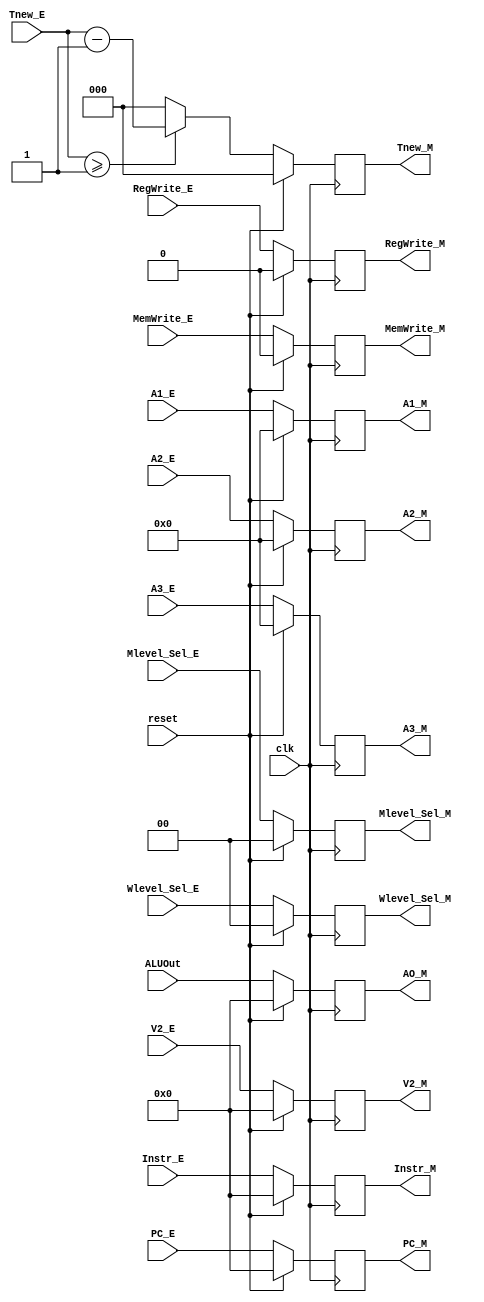
`timescale 1ns / 1ps
module M_REG(
    input clk,
    input reset,

    input MemWrite_E,
    input RegWrite_E,
    input [1:0] Mlevel_Sel_E,
    input [1:0] Wlevel_Sel_E,
	 
    input [31:0] Instr_E,
    input [31:0] PC_E,
    input [31:0] ALUOut,
    input [31:0] V2_E,
	 
	 input [4:0] A1_E,
	 input [4:0] A2_E,
    input [4:0] A3_E,
    input [2:0] Tnew_E,

    output reg MemWrite_M,
    output reg RegWrite_M,
    output reg [1:0] Mlevel_Sel_M,
    output reg [1:0] Wlevel_Sel_M,
	 
    output reg [31:0] Instr_M,
    output reg [31:0] PC_M,
    output reg [31:0] AO_M,     //WriteData
    output reg [31:0] V2_M,     //DMWriteData
	 
	 output reg [4:0] A1_M,	
	 output reg [4:0] A2_M,
    output reg [4:0] A3_M,
    output reg [2:0] Tnew_M
);

    initial begin
        MemWrite_M<=0;
        RegWrite_M<=0;
        Mlevel_Sel_M<=0;
        Wlevel_Sel_M<=0;
        Instr_M<=32'h0;
        PC_M<=32'h0;
        AO_M<=32'h0;
        V2_M<=32'h0;
		  A1_M<=5'h0;
		  A2_M<=5'h0;
        A3_M<=5'h0;
        Tnew_M<=5'h0;
    end

  always @(posedge clk) begin
    if(reset) begin
        MemWrite_M<=0;
        RegWrite_M<=0;
        Mlevel_Sel_M<=0;
        Wlevel_Sel_M<=0;
        Instr_M<=32'h0;
        PC_M<=32'h0;
        AO_M<=32'h0;
        V2_M<=32'h0;
		  A1_M<=5'h0;
		  A2_M<=5'h0;
        A3_M<=5'h0;
        Tnew_M<=5'h0;
    end   
    else begin
        MemWrite_M<=MemWrite_E;
        RegWrite_M<=RegWrite_E;
        Mlevel_Sel_M<=Mlevel_Sel_E;
        Wlevel_Sel_M<=Wlevel_Sel_E;
        Instr_M<=Instr_E;
        PC_M<=PC_E;
        AO_M<=ALUOut;
        V2_M<=V2_E;
		  A1_M<=A1_E;
		  A2_M<=A2_E;
        A3_M<=A3_E;
        if (Tnew_E>=3'd1)begin
            Tnew_M<=Tnew_E-3'd1;
			end
        else begin 
            Tnew_M<=3'd0;
			end
    end
  end

endmodule